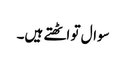
سوال تو اٹھتے ہیں۔